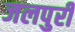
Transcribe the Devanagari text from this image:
जलपुरी